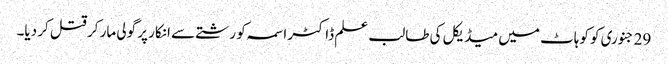
29 جنوری کو کوہاٹ میں میڈیکل کی طالب علم ڈاکٹر اسمہ کو رشتے سے انکار پر گولی مار کر قتل کر دیا۔